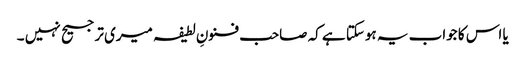
یا اس کا جواب یہ ہوسکتا ہے کہ صاحب فنونِ لطیفہ میری ترجیح نہیں ۔